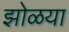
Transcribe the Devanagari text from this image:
झोळया